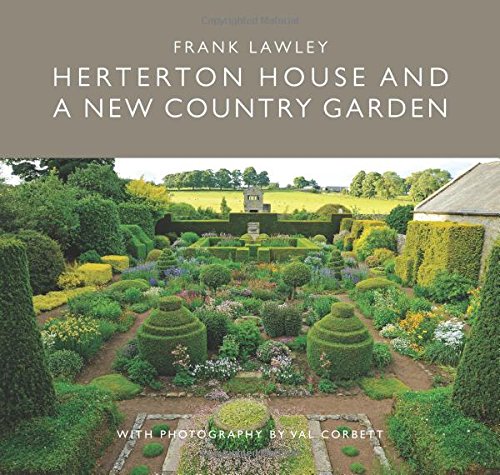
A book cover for Herterton House and a New Country Garden; Frank Lawley; Crafts, Hobbies & Home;